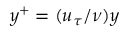
y ^ { + } = ( u _ { \tau } / \nu ) y